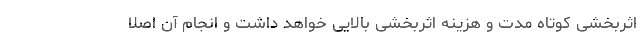
اثربخشی کوتاه مدت و هزینه اثربخشی بالایی خواهد داشت و انجام آن اصلاً